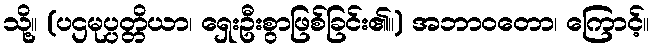
သို့။ (ပဌမုပ္ပတ္တိယာ၊ ရှေးဦးစွာဖြစ်ခြင်း၏။) အဘာဝတော၊ ကြောင့်။